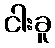
ငါးခူ